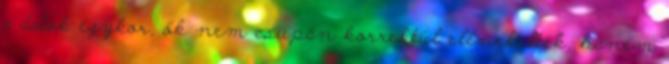
a dalok egykor, ők nem csupán korrektül elénekelték, hanem